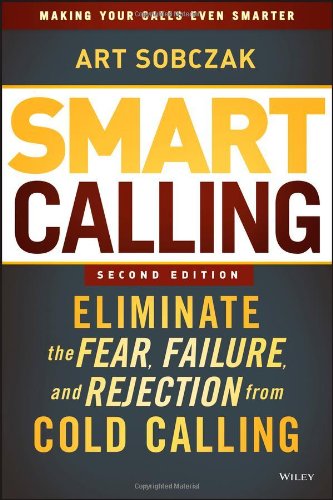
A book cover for Smart Calling: Eliminate the Fear, Failure, and Rejection from Cold Calling; Art Sobczak; Business & Money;